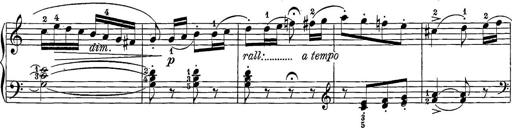
Title: 12 Sonatine per Pianoforte
Composer: Friedrich Kuhlau